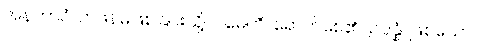
အနဘာဝံ၊ တဖန်မဖြစ်ခြင်းသို့။ ဂမေတိ၊ ရောက်စေ၏။ ဥပ္ပန္နံ၊ ဖြစ်သော။